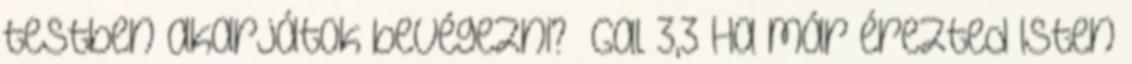
testben akarjátok bevégezni?” Gal 3,3 Ha már érezted Isten